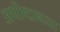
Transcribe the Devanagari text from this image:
अभीष्टानजा